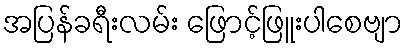
အပြန်ခရီးလမ်း ဖြောင့်ဖြူးပါစေဗျာ